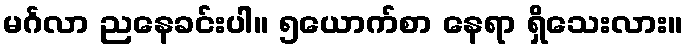
မင်္ဂလာ ညနေခင်းပါ။ ၅ယောက်စာ နေရာ ရှိသေးလား။